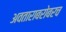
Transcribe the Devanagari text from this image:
अवताराबरोबरच